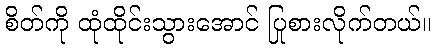
စိတ်ကို ထုံထိုင်းသွားအောင် ပြုစားလိုက်တယ်။